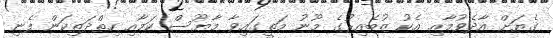
ގެޔަށް އާދެވުމާއި އެކު ޒުބެއިރުގެ މޫނު މަތީގައިވާ މާޔޫސް ކަމާއި ހިތްދަތިކަން ފެނި